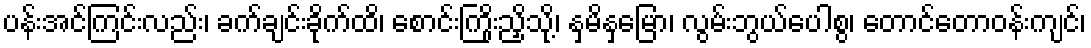
ပန်းအင်ကြင်းလည်း၊ ခက်ချင်းခိုက်ထိ၊ စောင်းကြိုးညှိသို့၊ နှမိနှမြော၊ လွမ်းဘွယ်ပေါစွ၊ တောင်တောဝန်းကျင်၊